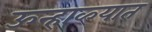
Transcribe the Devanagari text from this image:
ऊन्हाळ्यात